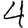
Digit: 4